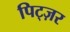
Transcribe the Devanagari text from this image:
पिट्ज़र